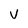
Character: V